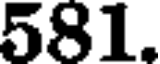
581.